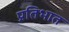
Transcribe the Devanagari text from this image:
प्रतिभात